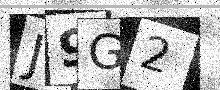
Text: J9G2